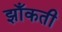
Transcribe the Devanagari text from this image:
झाँकती